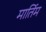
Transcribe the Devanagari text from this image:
मार्तिम